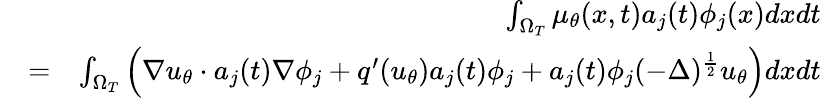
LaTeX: \begin{array}{rlr}&{}&{\int_{\Omega_{T}}\mu_{\theta}(x,t)a_{j}(t)\phi_{j}(x)dxdt}\\ &{=}&{\int_{\Omega_{T}}\left(\nabla u_{\theta}\cdot a_{j}(t)\nabla\phi_{j}+q^{\prime}(u_{\theta})a_{j}(t)\phi_{j}+a_{j}(t)\phi_{j}(-\Delta)^{\frac{1}{2}}u_{\theta}\right)dxdt}\end{array}